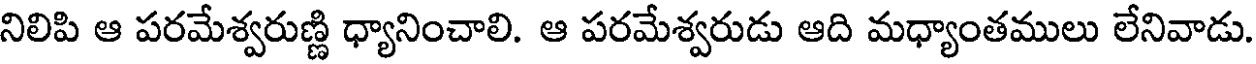
నిలిపి ఆ పరమేశ్వరుణ్ణి ధ్యానించాలి. ఆ పరమేశ్వరుడు ఆది మధ్యాంతములు లేనివాడు